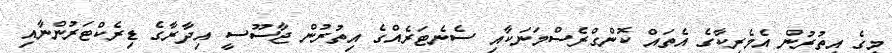
މީގެ އިތުރުން އެމެރިކާގެ އެތައް ކޮންގްރެސްމަނަކާއި ސެނެޓަރެއްގެ އިތުރުން ޖާސޫސީ އިދާރާގެ ޑިރެކްޓަރުންނާއި